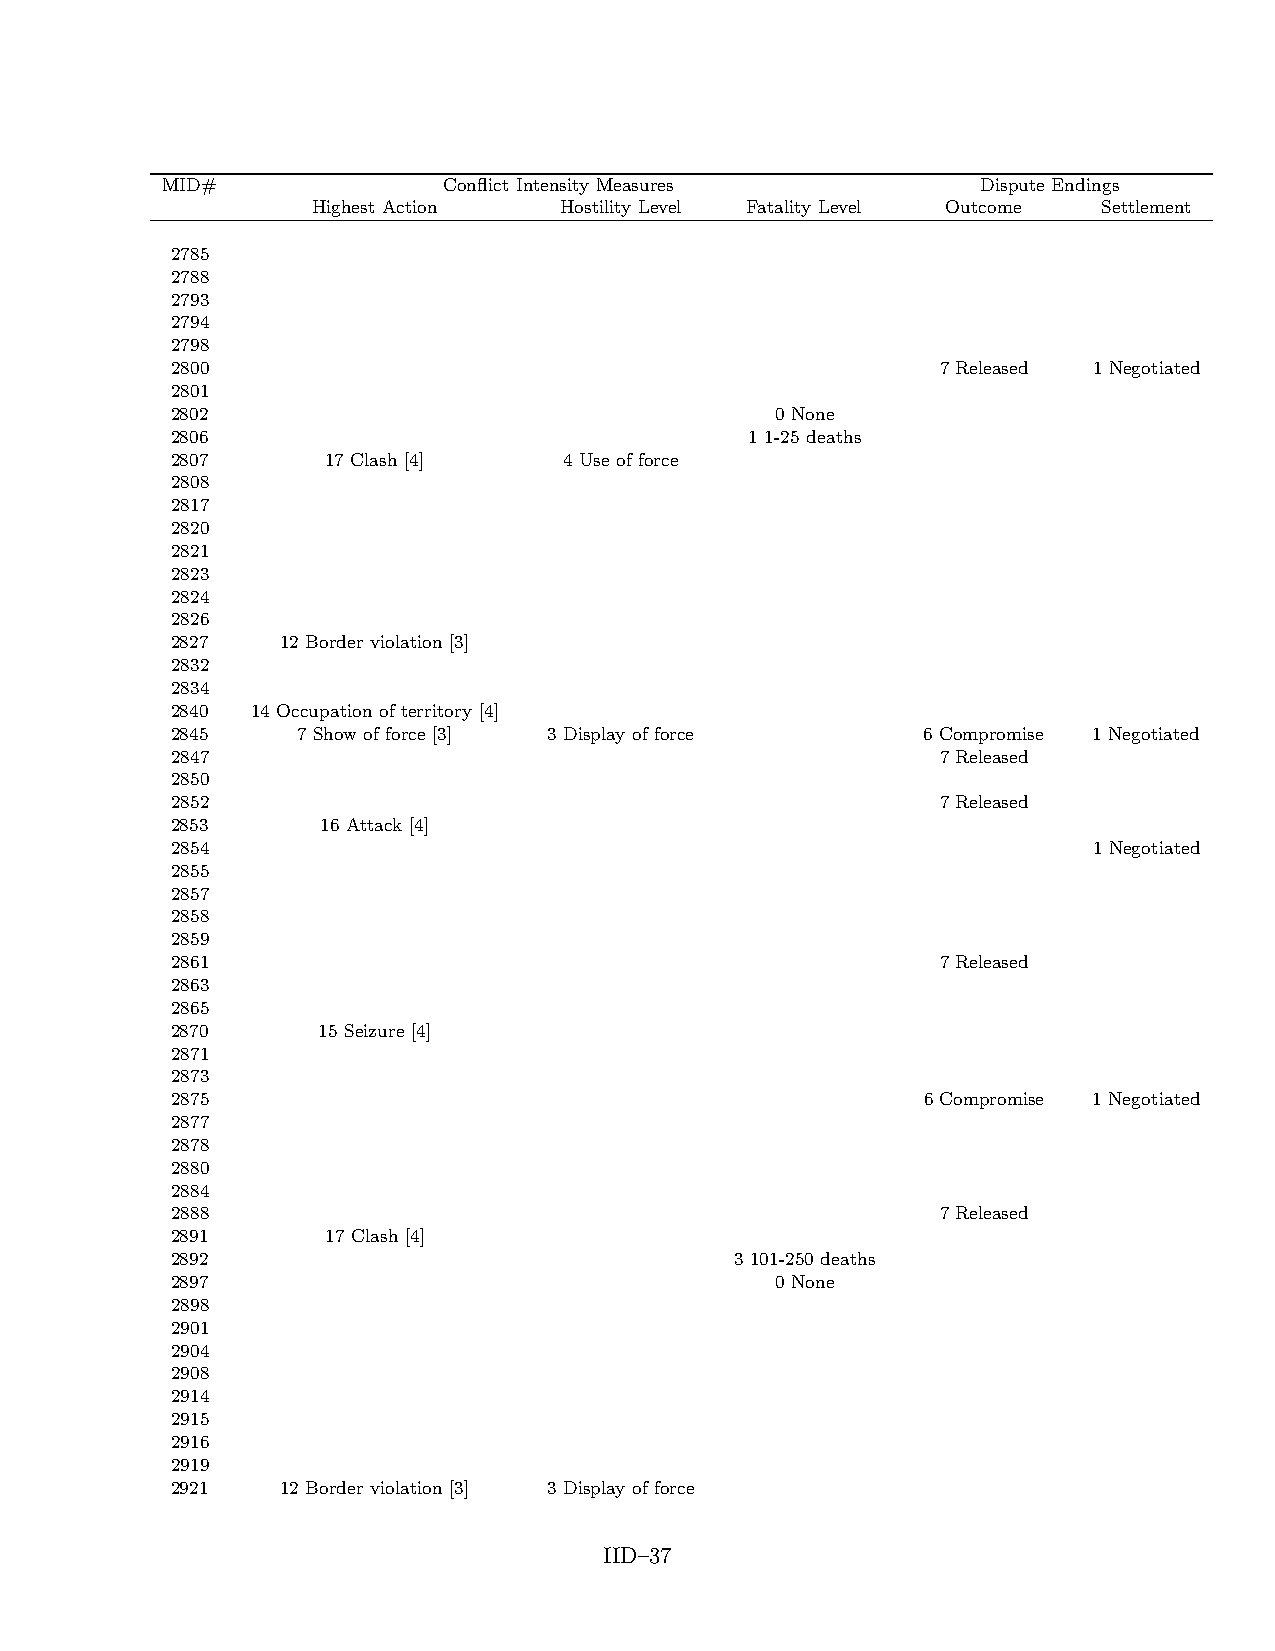
MID#              Conflict Intensity Measures         Dispute Endings
 Highest Action  Hostility Level Fatality Level Outcome Settlement
 2785
 2788
 2793
 2794
 2798
 2800                                               7 Released 1 Negotiated
 2801
 2802                                    0 None
 2806                                   1 1-25 deaths
 2807       17 Clash [4]   4 Use of force
 2808
 2817
 2820
 2821
 2823
 2824
 2826
 2827    12 Border violation [3]
 2832
 2834
 2840  14 Occupation of territory [4]
 2845     7 Show of force [3] 3 Display of force   6 Compromise 1 Negotiated
 2847                                               7 Released
 2850
 2852                                               7 Released
 2853      16 Attack [4]
 2854                                                         1 Negotiated
 2855
 2857
 2858
 2859
 2861                                               7 Released
 2863
 2865
 2870      15 Seizure [4]
 2871
 2873
 2875                                              6 Compromise 1 Negotiated
 2877
 2878
 2880
 2884
 2888                                               7 Released
 2891       17 Clash [4]
 2892                                  3 101-250 deaths
 2897                                    0 None
 2898
 2901
 2904
 2908
 2914
 2915
 2916
 2919
 2921    12 Border violation [3] 3 Display of force
 IID–37